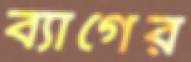
ব্যাগের